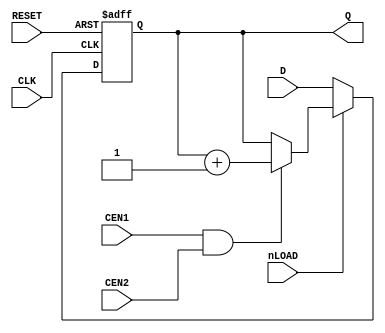
// This program was cloned from: https://github.com/furrtek/Arcade-TMNT_MiSTer
// License: GNU General Public License v2.0

// OKI counter cell
// furrtek 2022

module CNT3(
	input CLK,
	input RESET,
	input nLOAD, CEN1, CEN2,
	input [4:0] D,
	output reg [4:0] Q
);

always @(posedge CLK or posedge RESET) begin
	if (RESET) begin
		Q <= 5'd0;
	end else begin
		if (!nLOAD)
			Q <= D;
		else
			if (CEN1 & CEN2) Q <= Q + 1'b1;
	end
end

endmodule